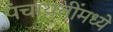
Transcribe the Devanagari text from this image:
पंचायतींमध्ये